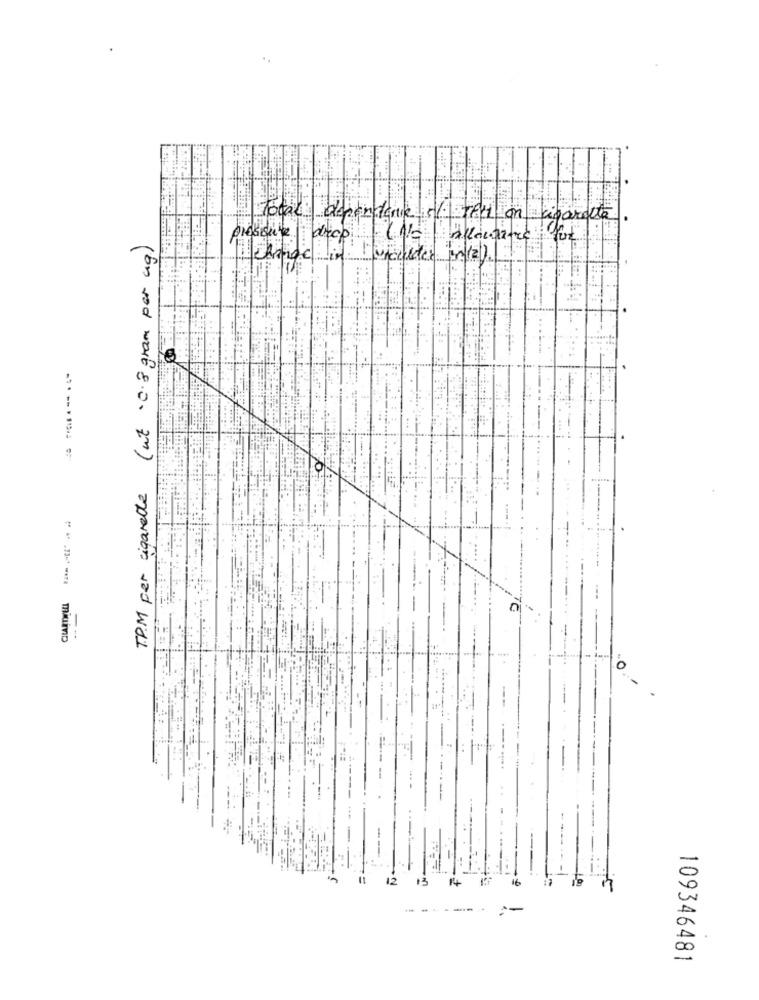
Total dependence ./. TAM on cigaretta,
(ut 'c.3 gram por ug)
prosisure
ankaraine: fut
l'uncuider in(2)
T.P.M per cigarette
miuiD
12
13
16
----
109346481